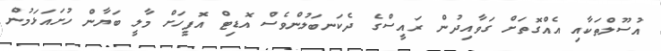
އުސޫލްތަކާއި އެއްގޮތަށް ގަވާއިދުން ރައީސްގެ ދެކަނބަލުންވެސް އޮޑިޓް އޮފީހަށް މާލީ ބަޔާން ހުށައަޅަމުން